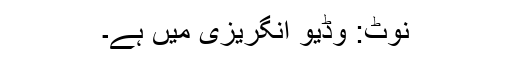
نوٹَ: وڈیو انگریزی میں ہے۔